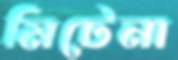
মিটেনা